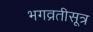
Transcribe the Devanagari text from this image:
भगव्रतीसूत्र